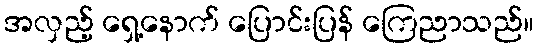
အလှည့် ရှေ့နောက် ပြောင်းပြန် ကြေညာသည်။